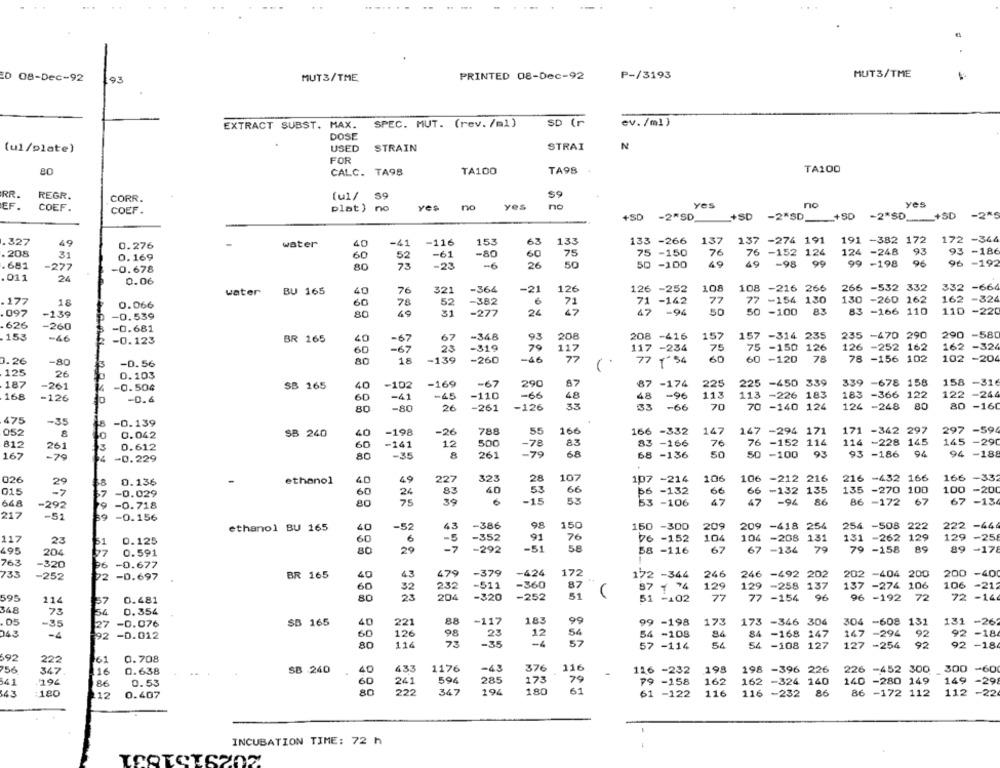
MUT3/TME
PRINTED 08-Dec-92
P-/3193
MUT3/TME
ED 08-Dec-92
93
SPEC. MUT. (rev./m1)
SD (r
ev. /ml }
EXTRACT SUBST. MAX.
DOSE
STRAIN
STRAI
N
(ul/plate)
USED
FOR
8.0
TA98
TA100
CALC. TA98
TA100
RR.
REGR.
CORR.
(u1/ $9
$9
COEF.
plat) no
yes
no
yes
no
Yes
nc
yes
COEF .
+SD -2"SD
+SD -2"SD_+SD -2*SD ___ +SD -2*S
137
137
-274 191
191 -382 172
172 -344
.327
49
0.276
water
40
-41
-116
153
63
133
133 -266
.208
31
-61
-80
60
75
75 -150
76
76
-152 124
124 -248
93
93 -186
0.169
60
52
49
96
.681
-277
-0.678
80
73
-23
-6
26
50
50 -100
49
-98
99 -198
96 -192
. 011
24
0.06
water
BU 165
40
76
321
-364
-21
126
126 -252
108
108 -216 266
266 -532 332
332 -664
6
77 -154 130
130 -260 162
162 -324
.177
18
0.066
60
78
52
-382
71
71 -142
77
-32
.097
-139
-0.539
80
49
31
-277
24
47
47 -94
50
50 -100
83 -166 110
110 -220
626
-260
-0.681
153
-66
BR 165
-67
67
-348
208
208 -416
157
157 -314 235
235 -470 290
290
-580
-0.123
40
20
117
162 -324
60
-67
23
-319
117 -234
75
75
75 -150 126
126 -252 162
0.26
.80
80
18
-139
-260
-46
77
77 1 54
60
60 -120
78 -156 102
102 -204
-0. 56
125
26
0.103
187
-261
SB 265
40
-102
-169
-67
290
87
87 -174
225
225
-450 339
339 -678 158
158 -316
-0.504
168
-126
-0.4
60
-41
-65
-110
-66
48
48
-96
113
113 -226 183
183 -366 122
122 -244
80
-80
26
-261
-126
35
33 -66
70
70 -140 124
124
-248
80
80 -160
475
-35
-0.139
-26
788
55
166
166 -332
147
147 -294 171
171 -342 297
297 -594
052
8
0.042
SB 240
40
-198
812
261
60
-141
12
500
-78
83
83 -166
76
76 -152 114
114
114 -228 145
145 -290
0.612
8
=79
68
68 -136
50
50 -100
93
93 -186
94
94 -188
167
-79
-0.229
80
-35
261
107
216 -432 166
166 -332
026
29
0.136
ethanol
40
45
227
323
28
107 -214
106
106 -212 216
015
60
40
53
66
56 -132
66
66 -132 135
135 -270 100
100
-0.029
24
35
53
-20
648
-292
-0.718
80
75
-15
53 -106
47
47
-94
86
86 -172
67
67 -13
217
-51
39
-0.156
ethanol BU 165
40
-52
43
-386
98
150
150 -300
209
209
-418 254
254 -508 222
222 -44
91
76
76 -152
104
-208 131
131 -262 129
129 -258
117
23
31
0.125
60
6
-5
-352
104
131
131
495
204
97
0.591
80
29
-7
-292
-51
58
58 -116
67
67
-134
79
79 -158
89 -178
763
-320
96 -0.677
733
-252
BR 165
40
43
479
-379
-424
172
172 -344
246
246 -492 202
202 -404 200
200 -40
22 -0.697
-511
-360
87
106
60
32
232
129
129
-258 137
137
137 -274 106
-212
595
0.481
80
25
204
-320
-252
51
51 -102
77
77
-154
96
96 -192 72
72
-14
114
37
368
73
54
0.354
.05
-35
-0.076
SB 165
40
221
88
-117
183
99
99 -198
173
173 -346 304
304 -608 131
131 -262
27
12
54
043
92 -0.012
60
126
98
23
54
54 -108
9.4
84 -168 147
147 -294
92
92 -18
80
116
73
-35
-4
57
57 -114
54
54 -108 127
127 -254
92
92 -18
592
222
61
0.708
756
SB 240
40
433
1176
-43
376
116
116 -232
198
198
-396 226
226 -452 300
300 -60
347
11€
0.638
541
86
0.53
60
241
594
285
173
79
79 -158
162
162 -324 140
140 -280 149
149 -29
:180
80
222
367
194
180
61
116
86
86 -172 112
112 -22
-29
143
12
0.407
61 -122
116 -232
INCUBATION TIME: 72 h